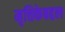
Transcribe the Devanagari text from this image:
मृत्तिकेबद्दल